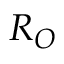
R _ { O }